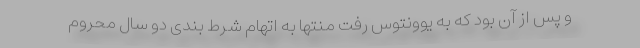
و پس از آن بود که به یوونتوس رفت منتها به اتهام شرط بندی دو سال محروم